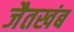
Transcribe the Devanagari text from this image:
जैतखंब